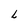
Character: L